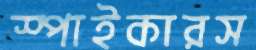
স্পাইকারস